Annual report on the working of the mental hospitals in the Madras Presidency - 1912-1932
Year: 1912
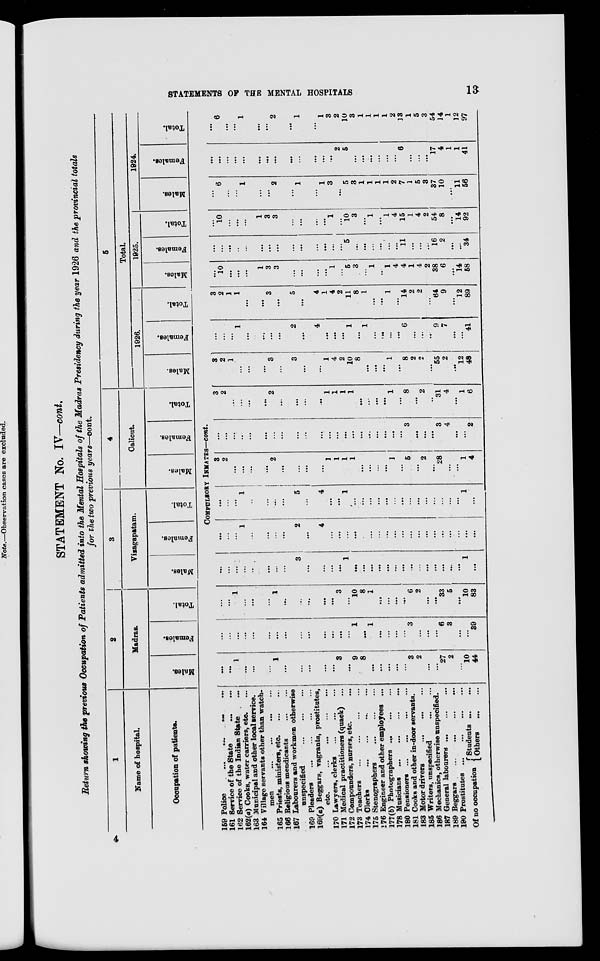
STATEMENTS OF THE MENTAL HOSPITALS
13
STATEMENT No. IV—cont.
Return showing the previous Occupation of Patients admitted into the Mental Hospitals of the Madras Presidency during the year 1926 and the provincial totals
for the two previous years—cont.
1
Name of hospital.
Occupation of patients.
2
Madras.
Males.
Females.
Total.
3
Vizagapatam.
Males.
Females.
Total.
4
Calicut.
Males.
Females.
Total.
5
Total.
1926.
Males.
Females.
Total.
1925.
Males.
Females.
Total.
1924.
Males.
Females.
Total.
COMPULSORY INMATES—cont.
159 Police
...
... … …
161 Service of the State
…
…
162 Service of the Indian State …
162(a) Cooks, water carriers, etc. …
163 Municipal and other local service.
164 Village servants other than watch-
men
…
…
...
...
165 Priests, ministers, etc.
…
…
166 Religions mendicants
…
…
167 Labourers and workmen otherwise
unspecified
...
...
...
169 Pleaders … … … …
169(a) Beggars, vagrants, prostitutes,
etc.
...
...
…
...
170 Lawyers, clerks
…
…
…
171 Medical practitioners (quack) …
172 Compounders, nurses, etc. …
173 Teachers
…
…
…
…
174
Clerks
…
…
…
…
175 Stenographers
…
…
…
176 Engineer and other employees ...
177(b) Photographers … … …
178 Musicians
…
…
…
…
180 Pensioners ... … … …
181 Cooks and other in-door servants.
183 Motor drivers
…
…
…
185 Writers, unspecified
…
…
186 Mechanics, otherwise unspecified.
187 General labourers … … …
189 Beggars
…
…
…
…
190 Prostitutes
…
…
…
…
Of no occupation
Students … …
Others
... …
…
...
1
…
...
…
1
...
…
...
…
…
3
...
9
8
…
…
…
...
...
3
2
...
...
27
2
...
10
44
...
...
...
...
...
…
...
...
…
...
...
...
...
...
1
…
1
…
...
…
...
3
…
...
...
6
3
...
…
39
…
…
1
…
...
…
1
...
…
…
…
...
3
...
10
8
I
…
...
...
…
6
2
…
…
33
5
...
10
83
…
…
…
...
…
…
...
…
3
…
…
…
…
1
...
...
…
…
...
...
...
...
...
...
...
...
...
...
1
...
...
…
...
1
...
…
...
…
2
...
4
...
...
...
...
…
...
...
...
...
...
...
...
...
...
...
...
...
...
...
...
…
...
1
...
…
...
...
5
...
4
…
…
1
...
...
...
...
...
…
...
...
...
...
...
...
...
...
1
...
3
2
…
…
...
…
2
…
…
...
…
1
1
1
1
…
…
…
...
1
…
5
...
2
...
28
...
...
1
4
…
…
...
…
…
...
…
...
…
...
…
...
...
…
...
...
...
...
...
…
…
3
...
...
...
3
4
…
...
2
3
2
...
...
...
...
2
...
...
...
...
1
1
1
1
…
…
...
...
1
…
8
...
2
…
31
4
...
1
6
3
2
1
…
…
…
3
…
3
…
…
1
4
2
10
8
...
...
...
1
...
8
2
2
...
55
2
...
12
48
...
…
...
1
…
…
…
…
2
…
4
...
...
...
1
...
1
...
…
...
...
6
…
...
…
9
7
…
…
41
3
2
1
1
…
…
3
...
5
...
4
1
4
2
11
8
1
...
...
1
...
14
2
2
...
64
9
…
12
89
…
10
...
...
...
1
3
3
...
...
...
...
1
...
5
3
...
1
…
1
4
4
1
4
2
38
6
...
14
58
...
...
...
…
...
...
...
...
...
...
…
…
...
...
5
...
...
...
...
...
…
11
...
...
...
16
2
…
…
34
...
10
...
...
...
1
3
3
…
…
…
...
1
...
10
3
…
1
...
1
4
15
1
4
2
54
8
…
14
92
...
6
...
...
1
…
...
2
…
1
…
1
3
…
5
3
1
1
1
1
2
7
1
5
3
37
10
...
11
56
...
...
...
...
...
...
…
...
...
...
...
...
...
2
5
…
…
…
...
...
…
6
…
...
…
17
4
1
1
41
...
6
…
...
1
…
…
2
...
1
…
1
3
2
10
3
1
1
1
1
2
13
1
5
3
54
14
1
12
97
4